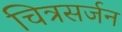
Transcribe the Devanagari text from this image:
चित्रसर्जन